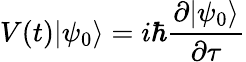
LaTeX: V(t)|\psi_{0}\rangle=i\hbar{\frac{\partial|\psi_{0}\rangle}{\partial\tau}}